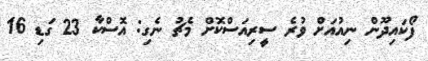
ފޯކައިދޫން ނިއުއަށް ވުރެ ސީރިއަސްކޮށް މެޗު ނެގި: އޮސްކާ 23 ގަޑި 16